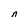
Character: n